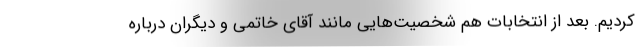
کردیم. بعد از انتخابات هم شخصیت‌هایی مانند آقای خاتمی و دیگران درباره